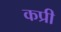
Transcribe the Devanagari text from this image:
कप्री